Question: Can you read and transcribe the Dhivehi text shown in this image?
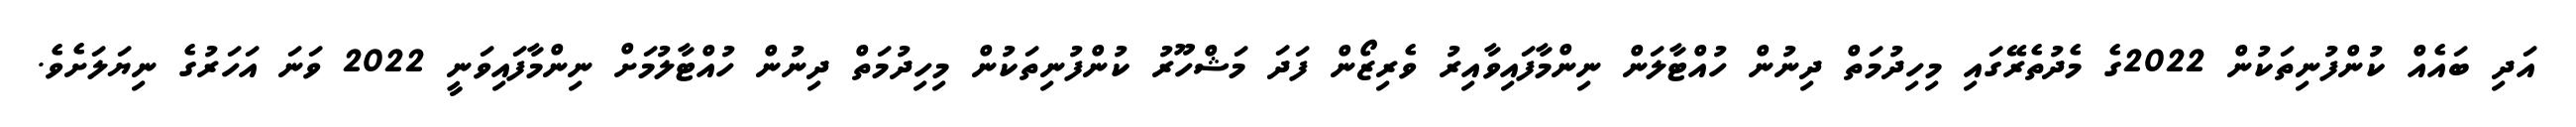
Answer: އަދި ބައެއް ކުންފުނިތަކުން 2022ގެ މެދުތެރޭގައި މިހިދުމަތް ދިނުން ހުއްޓާލަން ނިންމާފައިވާއިރު ވެރިޒޯން ފަދަ މަޝްހޫރު ކުންފުނިތަކުން މިހިދުމަތް ދިނުން ހުއްޓާލުމަށް ނިންމާފައިވަނީ 2022 ވަނަ އަހަރުގެ ނިޔަލަށެވެ.